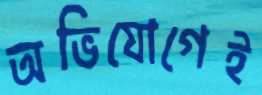
অভিযোগেই